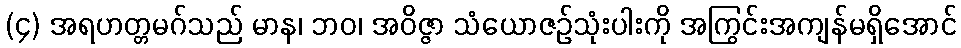
(၄) အရဟတ္တမဂ်သည် မာန၊ ဘဝ၊ အဝိဇ္ဇာ သံယောဇဉ်သုံးပါးကို အကြွင်းအကျန်မရှိအောင်